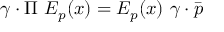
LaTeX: \gamma \cdot \Pi ~ E _ { p } ( x ) = E _ { p } ( x ) ~ \gamma \cdot \bar { p }